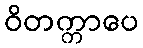
ဝိတက္ကာပေ